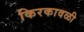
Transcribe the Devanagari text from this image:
किरकावळी